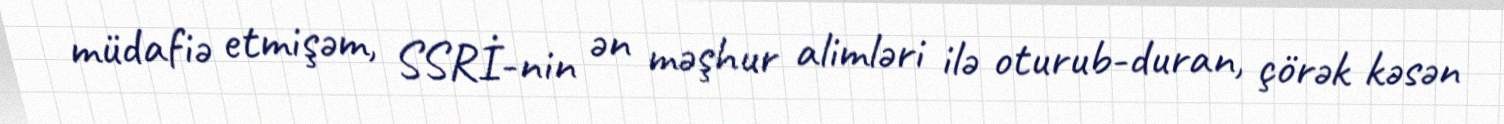
müdafiə etmişəm, SSRİ-nin ən məşhur alimləri ilə oturub-duran, çörək kəsən